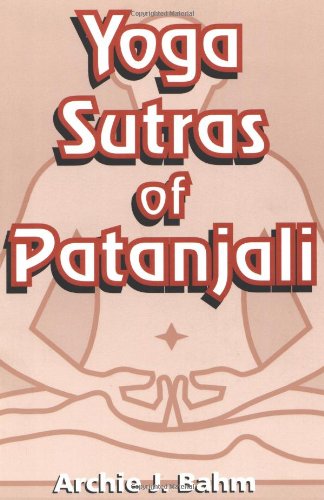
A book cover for Yoga Sutras of Patanjali; Archie J. Bahm; Religion & Spirituality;